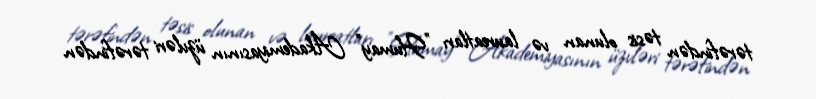
tərəfindən təsis olunan və laureatları "Humay" Akademiyasının üzvləri tərəfindən